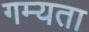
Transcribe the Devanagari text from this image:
गम्यता